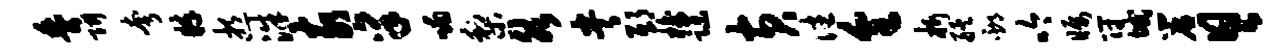
黍阱夸粹逝洙亥禀喃梨然央邸梭躁黄往全析艋邳吟瞩符域帘具